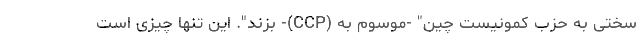
سختی به حزب کمونیست چین" -موسوم به (CCP)- بزند". این تنها چیزی است